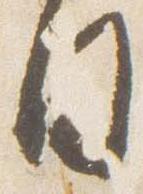
日